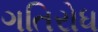
ગતિરોધ